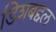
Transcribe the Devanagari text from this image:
डिशबद्दल